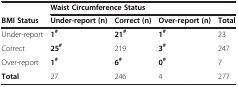
|  | <COLSPAN=4> Waist Circumference Status |
 | BMI Status | Under-report (n) | Correct (n) | Over-report (n) | Total |
 | --- | --- | --- | --- | --- |
 | Under-report | 1# | 21# | 1# | 23 |
 | Correct | 25# | 219 | 3# | 247 |
 | Over-report | 1# | 6# | 0# | 7 |
 | Total | 27 | 246 | 4 | 277 |